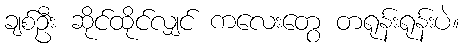
ချစ်ဦး ဆိုင်ထိုင်လျှင် ကလေးတွေ တရုန်းရုန်းပဲ။